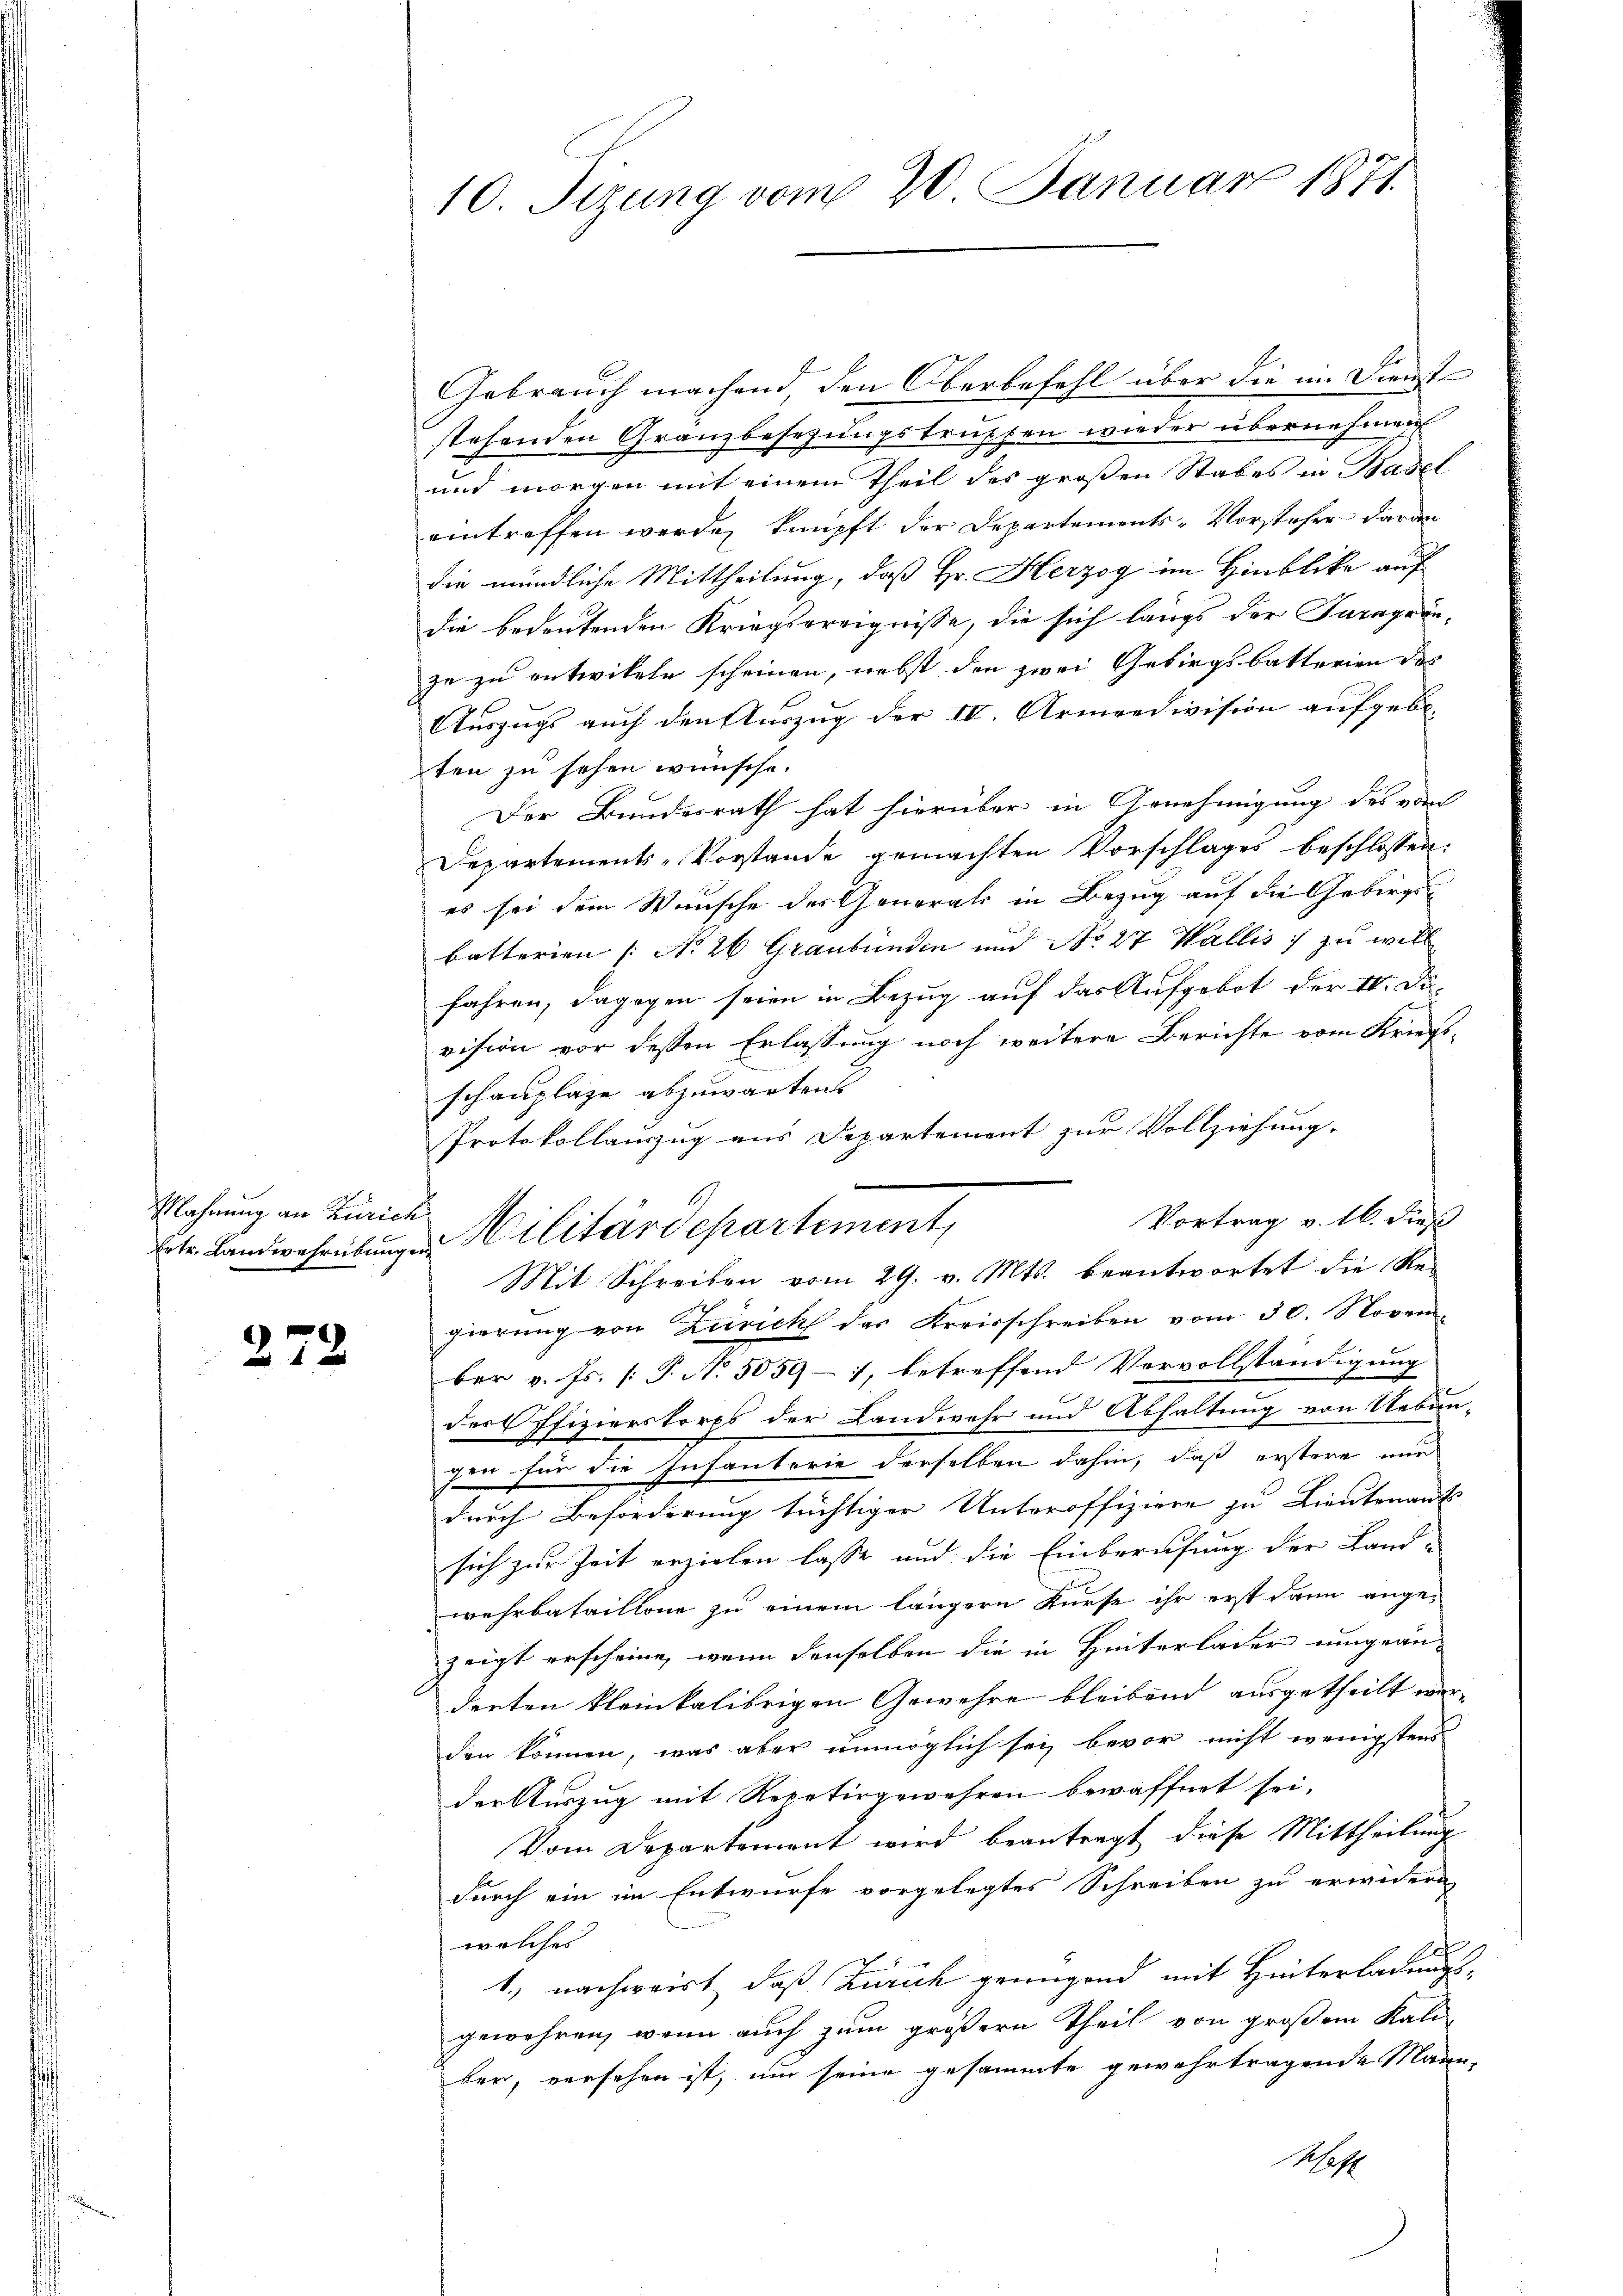
Mahnung an Zürich

272

10. Sizung vom 20. Januar 1871

Gebrauch machend den Oberbefehl über die im Dienst
stehenden Granzbesetzungstrupfen wieder übernehmen.
und morgen mit einem Theil des großen Stabes in Basel
eintreffen werden knüpft der Departements-Vorsteher daran
die mündliche Mittheilung, daß Hr. Herzog im Hinblicke auf
die bedeutenden Kriegsereignisse, die sich längs der Paragranzu zu entwikeln scheinen, nebst den zwei Gebirgsbatterien des
Auszugs auch den Auszug der IV. Armeedivision aufgebeten zu sehen wünsche.
Der Bundesrath hat hierüber in Arnehmigung des vor
Departements-Vorstande gemachten Vorschlages beschlossen:
es sei dem Wunsche des Generals in Bezug auf die Gebirgsbatterien [No 26 Graubünden und No. 27 Wallis, zu will
fahren, dagegen seien in Bezug auf das Aufgebot der II. Di-
vision vor dessen Erlassung noch weitere Berichte vom Kriegsschauplaze abzuwarten
Protokollauszug aus Departement zur Vollziehung.
Vortrag v. 16. dieß
Mit Schreiben vom 29. v. Mts. beantwortet die Re-
gierung von Zürich des Kreisschreiben vom 30. Novem-
ber v. Fs. (T. No. 5059-7, betreffend Vervollständigung
der Offizierskorps der Landwehr und Abhaltung von Uebun-
gen für die Infanterie derselben dahin, daß erstere nur
durch Beförderung tüchtiger Unteroffiziere zu Lieutenant
sich zur Zeit erzielen lasse und die Einberufung der Land-
wehrbataillone zu einem längern Kurse ihr erst dann ange-
zeigt erscheine, wenn denselben die in Hinterlader umgeän-
derten kleinkalibrigen Gewehre bleibend ausgetheilt werden können, was aber unmöglich sei, bevor nicht wenigstens
der Auszug mit Repetirgewehren bewaffnet sei.
Vom Departement wird beantragt diese Mittheilung
durch ein im Entwurfe vorgelegtes Schreiben zu erwidern,
welches
1., nachweist, daß Zürich genügend mit Hinterladungsgewähren, wenn auch zum größern Theil von großem Kali
ber, versehen ist, um seine gesammte gewahrtragende Mann,
hf

Ete. Landwehrübung in Hilitärdepartement